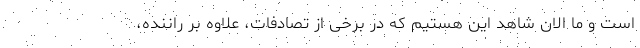
است و ما الان شاهد این هستیم که در برخی از تصادفات، علاوه بر راننده،